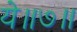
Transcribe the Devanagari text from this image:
ये॥७॥